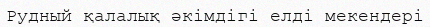
Рудный қалалық әкімдігі елді мекендері